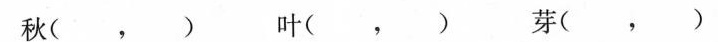
秋(，)叶(，)芽(，)